Document type: Sale
Year: 1209
Scribe: Arnau de Torre
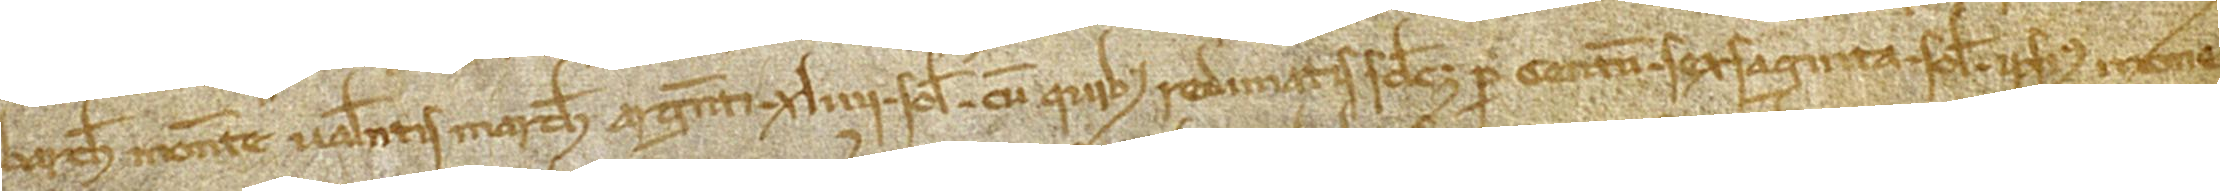
Barchinone monete valentis marche argenti XLIIII solidos, cum quibus redimatis scilicet per centum sexaginta solidos ipsius mone-